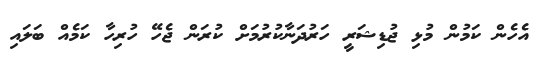
އެހެން ކަމުން މުޅި ޖުޑިޝަރީ ހަރުދަނާކުރުމަށް ކުރަން ޖެހޭ ހުރިހާ ކަމެއް ބަލައި